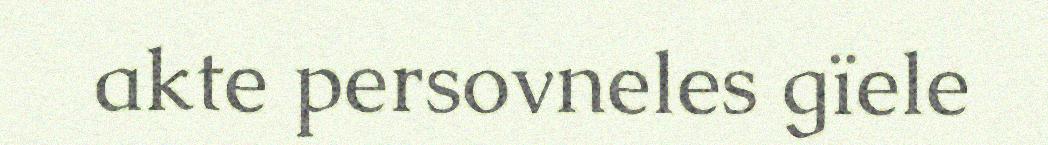
akte persovneles gïele